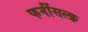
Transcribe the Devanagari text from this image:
फर्नीसल्फ्र